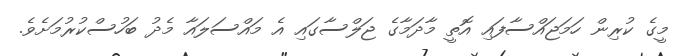
މީގެ ކުރިން ހަމަޖައްސާފައި އޮތީ މާދަމާގެ ޖަލްސާގައި އެ މައްސަލައާ މެދު ބަހުސްކުރުމަށެވެ.